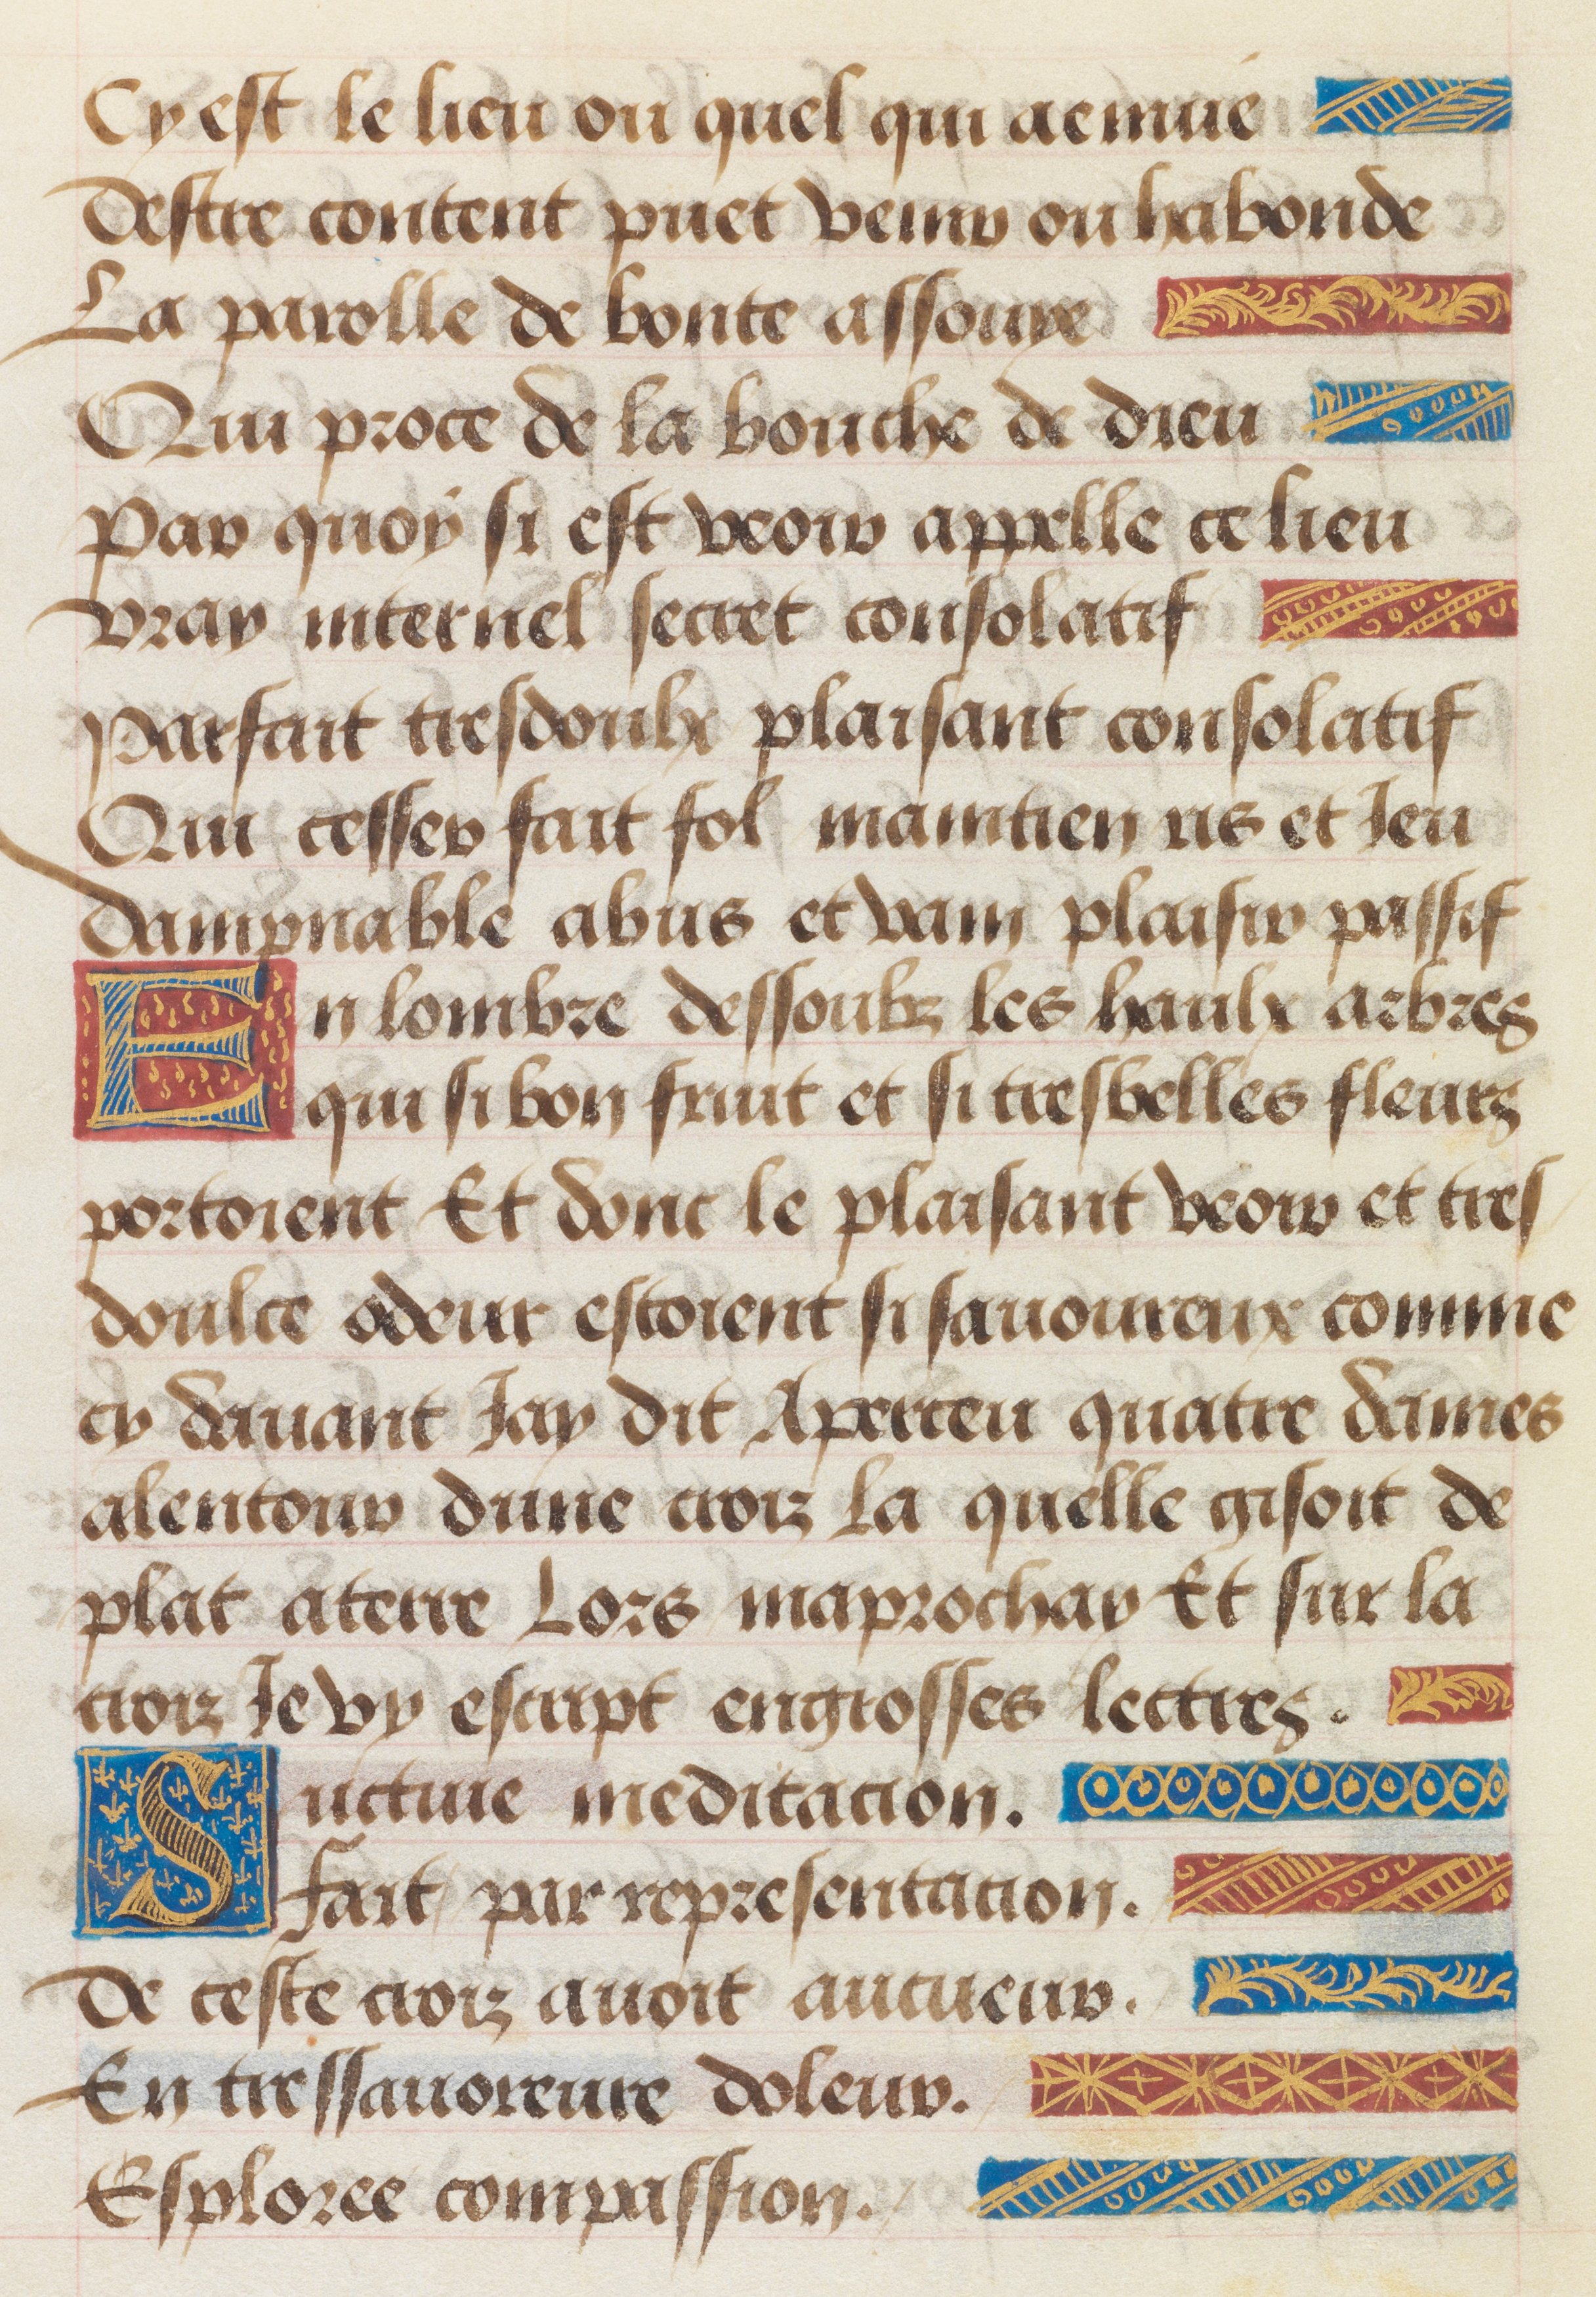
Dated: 1455–1485